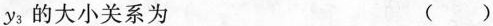
y_{3}的大小关系为 ( )